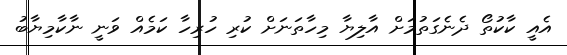
އެއީ ކާކުތޯ ދެނެގަތުމަށް އާލިޔާ މިހާތަނަށް ކުރި ހުރިހާ ކަމެއް ވަނީ ނާކާމިޔާބު